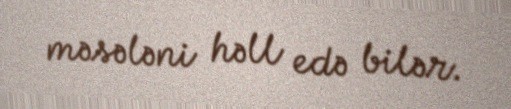
məsələni həll edə bilər.